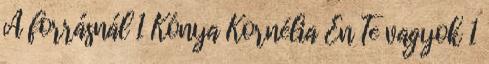
A forrásnál 1 Kónya Kornélia Én Te vagyok 1